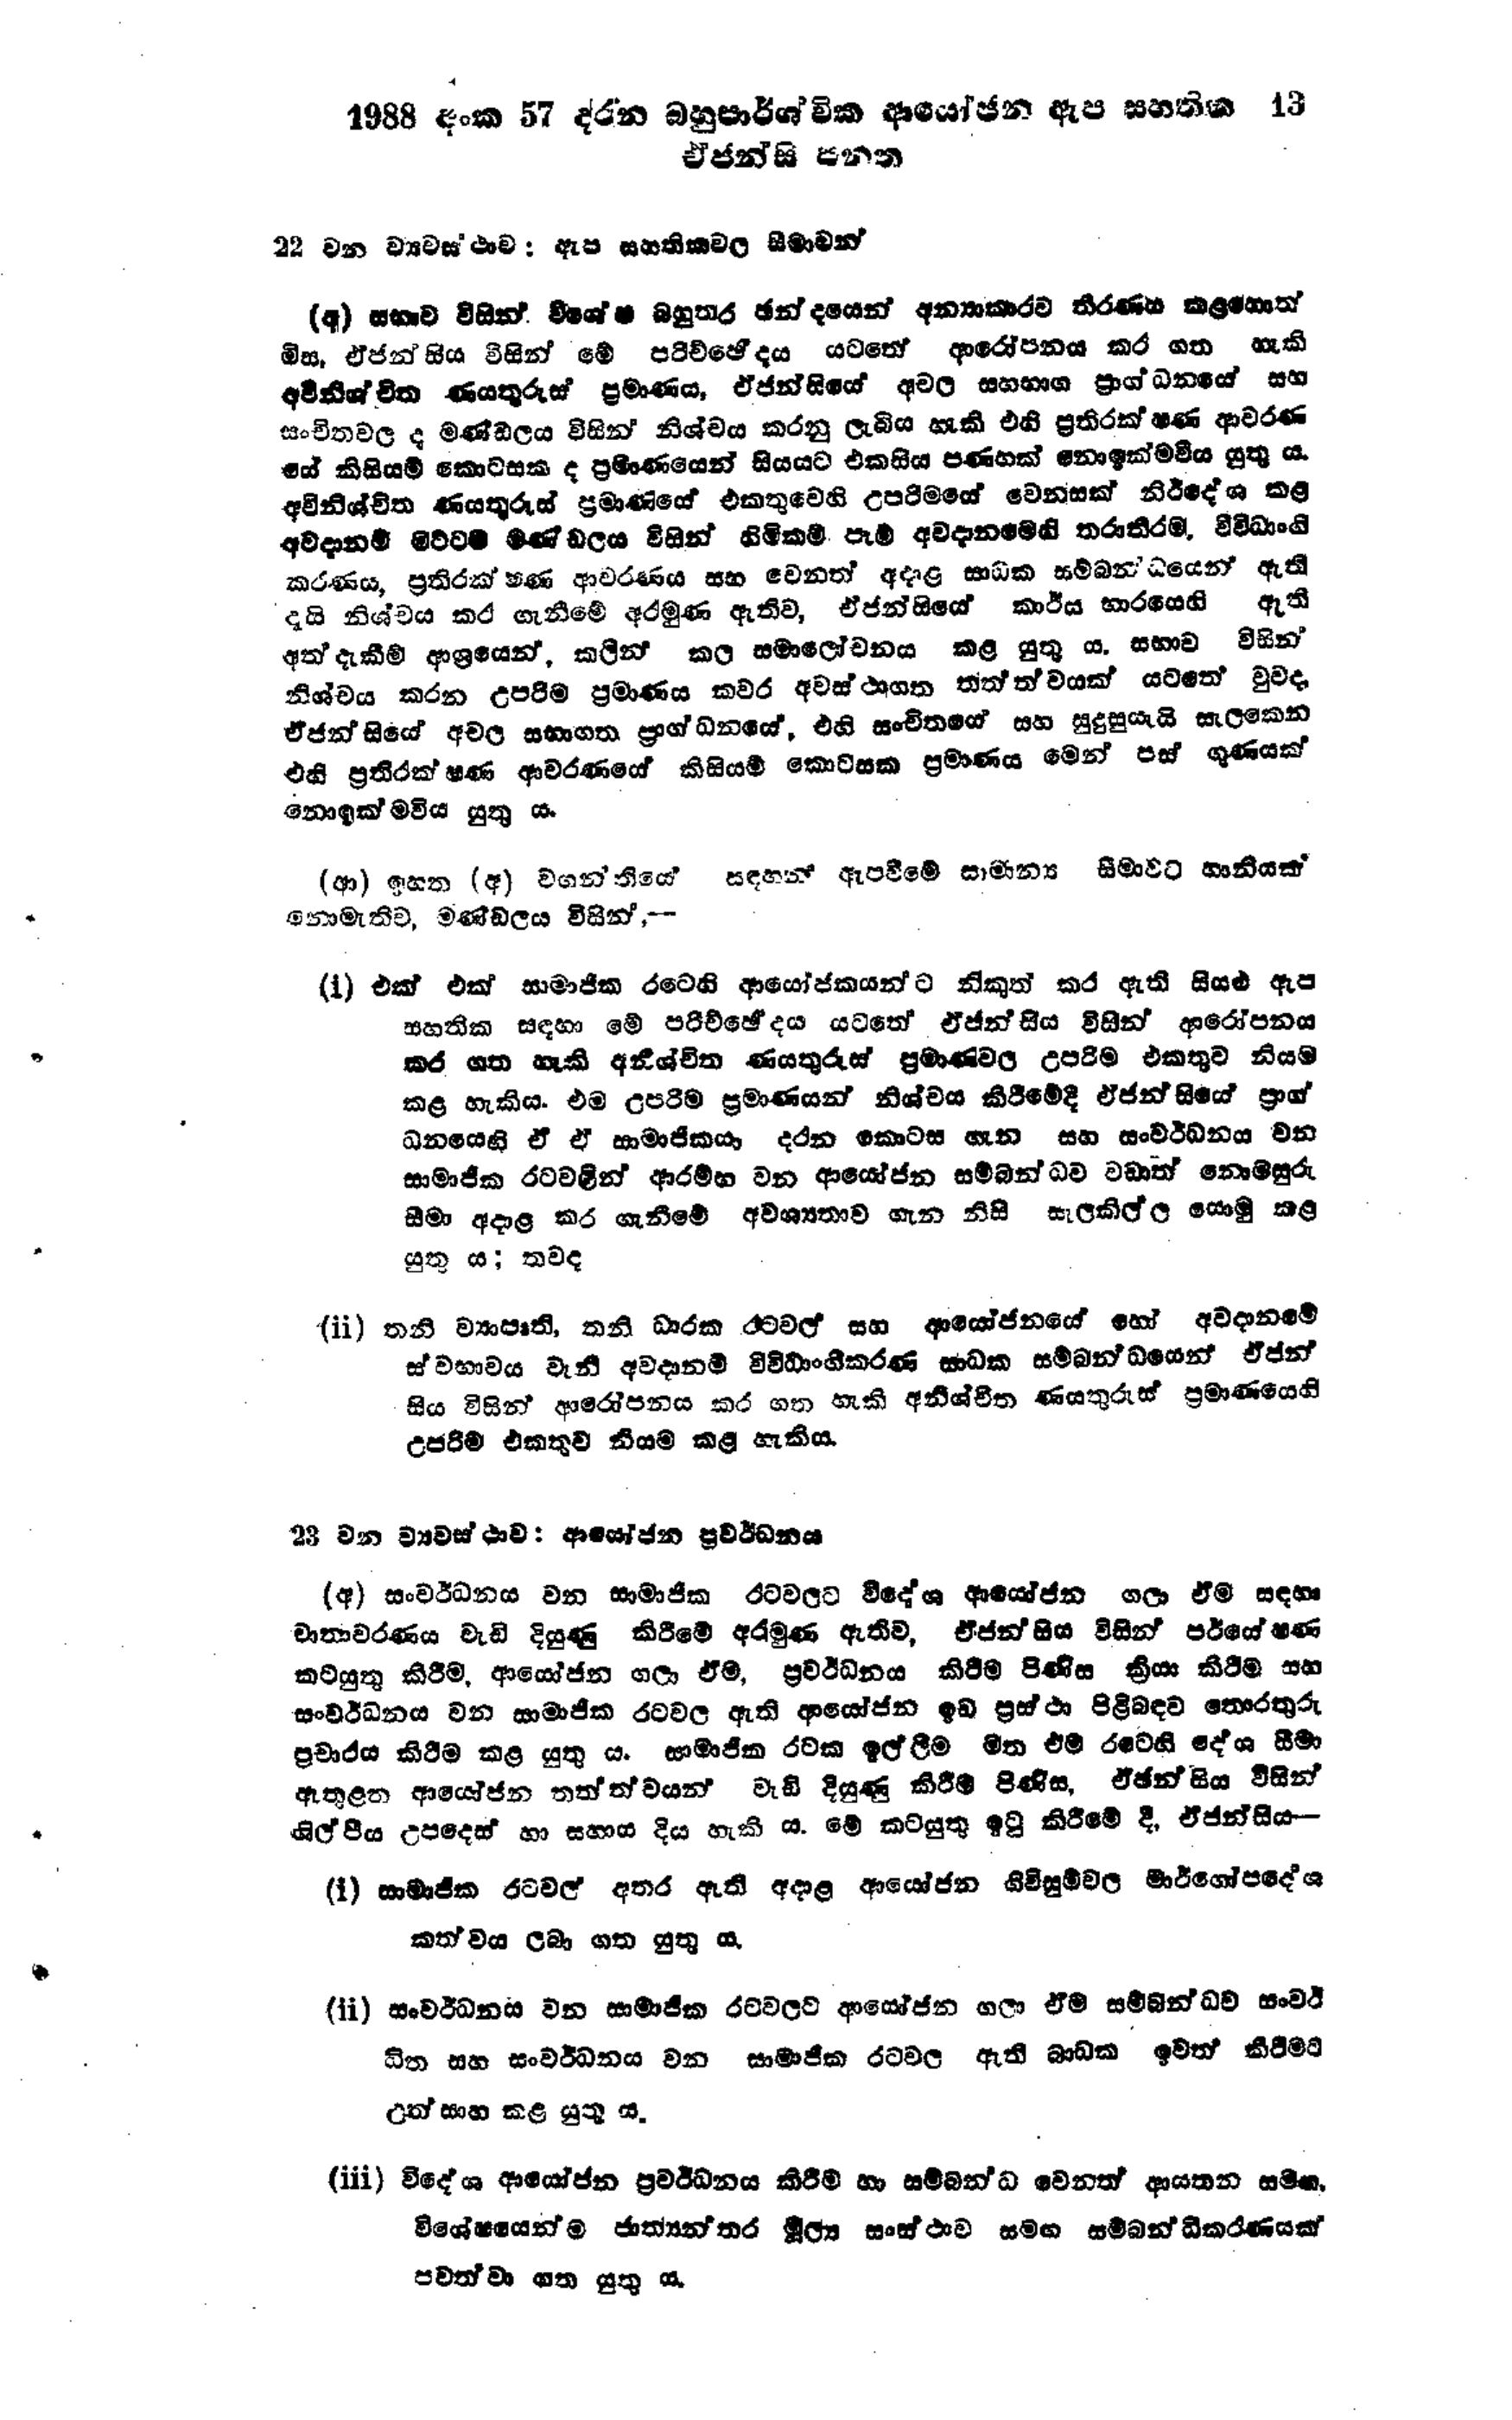
1988 අංක 57 දරන බහුපාර්ශ්වික ආයෝජන ඇප සහතික 13
එජන්සි පනත

22 වන ව්‍යවස්ථාව: ඇප සහතිකවල සීමාවන්

(අ) සභාව විසින් විශේෂ බහුතර ඡන්දයෙන් අන්‍යාකාරව තීරණය කළහොත්
මිස, ඒජන්සිය විසින් මේ පරිච්ඡේදය යටතේ ආරෝපනය කර ගත හැකි
අවිනිශ්චිත ණයතුරුස් ප්‍රමාණය, ඒජන්සියේ අචල සහභාග ප්‍රාග්ධනයේ සහ
සංචිතවල ද මණ්ඩලය විසින් නිශ්චය කරනු ලැබිය හැකි එහි ප්‍රතිරක්ෂණ ආවරණ
‍යේ කිසියම් කොටසක ද ප්‍රමාණයෙන් සියයට එකසිය පණහක් නොඉක්මවිය යුතු ය.
අවිනිශ්චිත ණයතුරුස් ප්‍රමාණයේ එකතුවෙහි උපරිමයේ වෙනසක් නිර්දේශ කළ
අවදානම් මට්ටම මණ්ඩලය විසින් හිමිකම් පැම් අවදානමෙහි තරාතිරම, විවිධාංගි
කරණය, ප්‍රතිරක්ෂණ ආවරණය සහ වෙනත් අදාළ සාධක සම්බන්ධයෙන් ඇති
දැයි නිශ්චය කර ගැනීමේ අරමුණ ඇතිව, ඒජන්සියේ කාර්ය භාරයෙහි ඇති
අත් දැකීම් ආශ්‍රයෙන්, කලින් කල සමාලෝචනය කළ යුතු ය. සභාව විසින්
නිශ්චය කරන උපරිම ප්‍රමාණය කවර අවස්ථාගත තත්ත්වයක් යටතේ වුව ද,
ඒ ජන්සියේ අචල සභාගත ප්‍රාග්ධනයේ, එහි සංචිතයේ සහ සුදුසු යැයි සැලකෙන
එහි ප්‍රතිරක්ෂණ ආවරණයේ කිසියම් කොටසක ප්‍රමාණය මෙන් පස් ගුණයක්
නොඉක්මවිය යුතු ය.

(ආ) ඉහත (අ) වගන්තියේ සඳහන් ඇපවීමේ සාමාන්‍ය සීමාවට හානියක්
නොමැතිව, මණ්ඩලය විසින්:---

(1) එක් එක් සාමාජික රටෙහි ආයෝජකයන්ට නිකුත් කර ඇති සියළු ඇප
සහතික සඳහා මේ පරිච්ඡේදය යටතේ ඒජන්සිය විසින් ආරෝපනය
කර ගත හැකි අනිශ්චිත ණයතුරුස් ප්‍රමාණවල උපරිම එකතුව නියම
කළ හැකිය. එම උපරිම ප්‍රමාණයන් නිශ්චය කිරීමේදී ඒජන්සියේ ප්‍රාග්
ධනයෙහි ඒ ඒ සාමාජිකයා දරන කොටස ගැන සහ සංවර්ධනය වන
සාමාජික රට වලින් ආරම්භ වන ආයෝජන සම්බන්ධව වඩාත් නොමසුරු
සීමා අදාළ කර ගැනීමේ අවශ්‍යතාව ගැන නිසි සැලකිල්ල යොමු කළ
යුතු ය; තවද

(ii) තනි ව්‍යාපෘති, තනි ධාරක රටවල් සහ ආයෝජනයේ හෝ අවදානමේ
ස්වභාවය වැනි අවදානම් විවිධාංගීකරණ සාධක සම්බන්ධයෙන් ඒජන්
සිය විසින් ආරෝපනය කර ගත හැකි අනිශ්චිත ණයතුරුස් ප්‍රමාණයෙහි
උපරිම එකතුව නියම කළ හැකිය

23 වන ව්‍යවස්ථාව: ආයෝජන ප්‍රවර්ධනය

(අ) සංවර්ධනය වන සාමාජික රටවලට විදේශ ආයෝජන ගලා ඒම සඳහා
වාතාවරණය වැඩි දියුණු කිරීමේ අරමුණ ඇතිව, ඒජන්සිය විසින් පර්යේෂණ
කටයුතු කිරීම, ආයෝජන ගලා ඒම, ප්‍රවර්ධනය කිරීම පිණිස ක්‍රියා කිරීම සහ
සංවර්ධනය වන සාමාජික රටවල ඇති ආයෝජන ඉඩ ප්‍රස්ථා පිළිබඳව තොරතුරු
ප්‍රචාරය කිරීම කළ යුතු ය. සාමාජික රටක ඉල්ලීම මත එම රටෙහි දේශ සීමා
ඇතුළත ආයෝජන තත්ත්වයන් වැඩි දියුණු කිරීම පිණිස, ඒජන්සිය විසින්
ශිල්පීය උපදෙස් හා සහාය දිය හැකි ය. මේ කටයුතු ඉටු කිරීමේ දී, ඒජන්සිය-

(i) සාමාජික රටවල් අතර ඇති අදාළ ආයෝජන ගිවිසුම්වල මාර්ගෝපදේශ
කත්වය ලබා ගත යුතු ය.

(ii) සංවර්ධනය වන සාමාජික රටවලට ආයෝජන ගලා ඒම සම්බන්ධව සංවර්
ධිත සහ සංවර්ධනය වන සාමාජික රටවල ඇති බාධක ඉවත් කිරීමට
උත්සාහ කළ යුතු ය.

(iii) විදේශ ආයෝජන ප්‍රවර්ධනය කිරීම් හා සම්බන්ධ වෙනත් ආයතන සමඟ
විශේෂයෙන්ම ජාත්‍යන්තර මූල්‍ය සංස්ථාව සමඟ සම්බන්ධිකරණයක්
පවත්වා ගත යුතු ය.